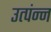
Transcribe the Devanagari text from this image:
उत्पंन्न